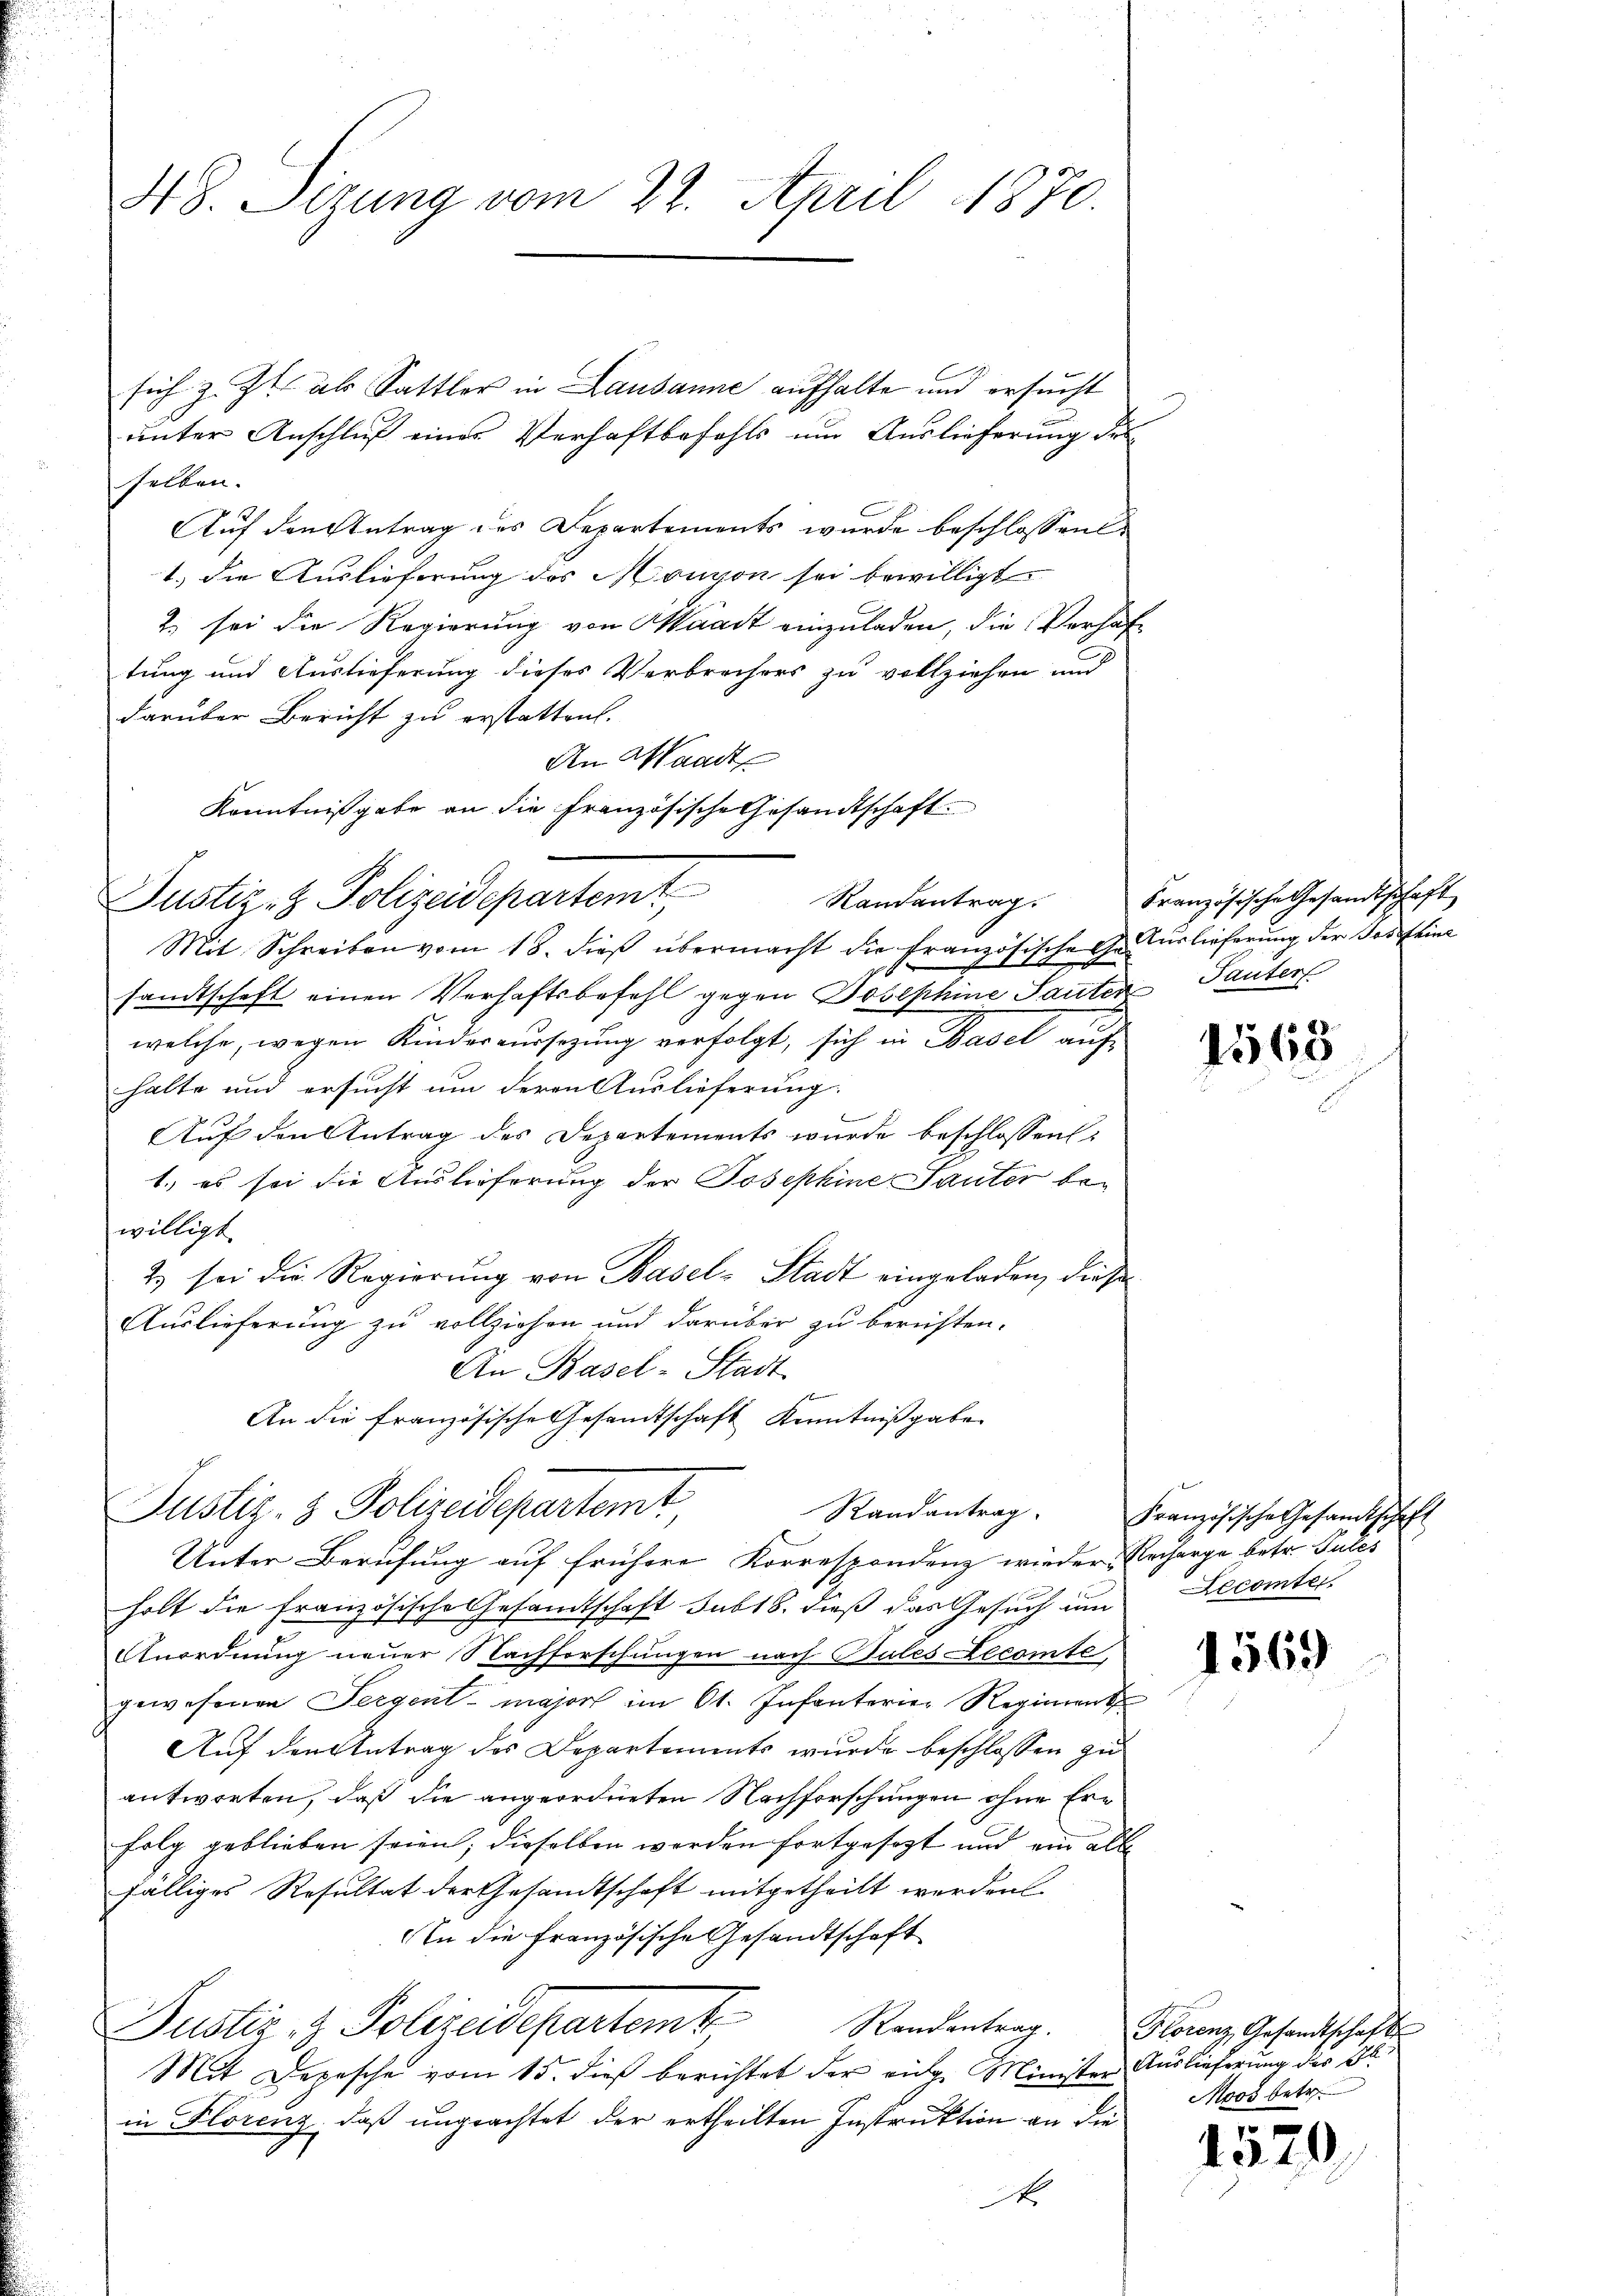
48. Sizung vom 22. April 1870.

sich z. Zt. als Sattler in Lausanne aufhalte und ersucht
unter Anschluß eines Verhaftbefehls um Auslieferung des
selben.
Auf den Antrag des Departements wurde beschlossen.
1.) Die Auslieferung des Monvon sei bewilligt
2. sei die Regierung von Waadt einzuladen, die Verhaftung und Auslieferung dieses Verbrechers zu vollziehen und
darüber Bericht zu erstatten.
An Waadt
Kenntnißgabe an die Französische Gesandtschaft.
Randantrag.
Mit Schreiben vom 18. dieβ übermacht die französische Gerlieferŭng der Josefeine
2
sandtschaft einen Verhaftsbefehl gegen Josephine Sauten Tanten
welche, wegen Kindereussetzung verfolgt, sich in Basel auf
halte und ersucht um deren Auslieferung.
Auf den Antrag des Departements wurde beschlossen:
1.) es sei die Auslieferung der Josephine Sauter bei
willigt
2) sei die Regierung von Basel-Stadt eingeladen, dies
Auslieferung zu vollziehen und darüber zu beruhten.
An Basel-Stadt
An die französische Gesandtschaft Kenntnißgabe
Justiz- & Polizeidepartemt
Randantrag
Unter Berufung auf frühere Korrespondenz wieder Recharge betr. Pulés
holt die Französische Gesandtschaft sub 18. dieß das Gesuch um Decemter
Anordnung neuer Nachforschungen nach Bules Lecomte
gewesenen Sergent - major im 61. Infanterier Regiment
Auf den Antrag des Departements wurde beschlossen zu
antworten, daß die angeordneten Nachforschungen ohne Ern
folg geblieben seien; dieselben werden fortgesezt und ein alle
fälliges Resultat der Gesandtschaft mitgetheilt werden
In die Französische Gesandtschaft
Justiz- & Polizeidepartem Randenterg
Mit Depesche vom 15. dieß berichtet der eidg. Minister Auslieferung der Bl.
in Florenz, daß ungeachtet der ertheilten Instruktion an die
A

Justiz- & Polizeidepartemt,

Französische Gesandtschaft

1568

Französische Gesandtschaft

1569

Florenz Gesandtschafts
Moos betr.

1
1349